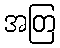
အတြ